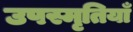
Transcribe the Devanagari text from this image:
उपस्मृतियाँ